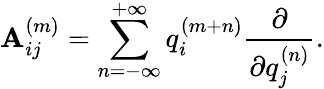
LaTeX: \mathbf{A}_{ij}^{(m)}=\sum_{n=-\infty}^{+\infty}q_{i}^{(m+n)}\frac{{\partial}}{{\partial{q_{j}^{(n)}}}}.